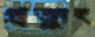
প্রত্যুৎ